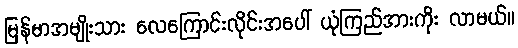
မြန်မာအမျိုးသား လေကြောင်းလိုင်းအပေါ် ယုံကြည်အားကိုး လာမယ်။